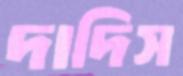
দাদিস